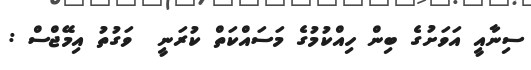
ސިނާއީ އަވަށުގެ ބިން ހިއްކުމުގެ މަސައްކަތް ކުރަނީ  ވަގުތު އިމޭޖްސް :